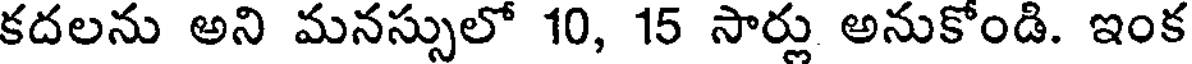
కదలను అని మనస్సులో 10, 15 సార్లు అనుకోండి. ఇంక